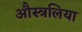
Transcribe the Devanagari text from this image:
औस्त्रलिया